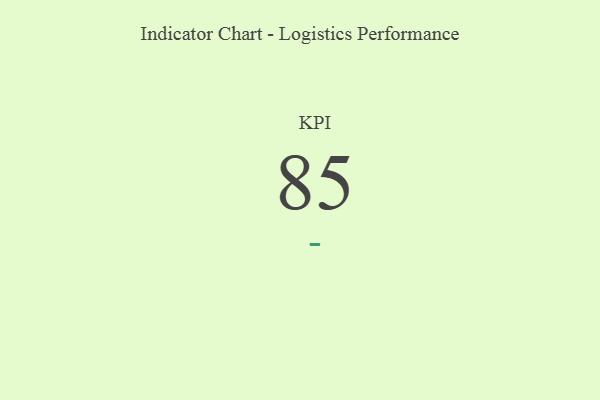
{"axis": {"x": "KPI", "y": "Value"}, "legend": [""], "data": [{"x": "KPI", "y": 85, "type": ""}]}